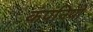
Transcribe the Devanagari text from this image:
कंपनियों